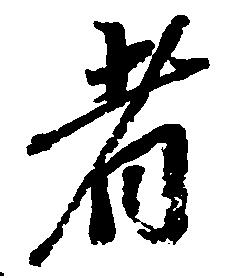
者